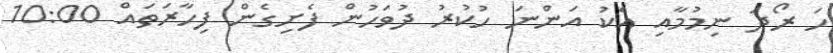
ހަ ރޯދަ ނިމުމާއި އެކު އަންނަ ހުކުރު ދުވަހުން ފެށިގެން ފިހާރަތައް 10:00